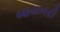
બાયનરી